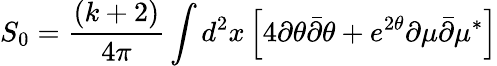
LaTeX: S_{0}=\frac{(k+2)}{4\pi}\int d^{2}x\left[4\partial\theta{\bar{\partial}}\theta+e^{2\theta}\partial\mu{\bar{\partial}}\mu^{\ast}\right]